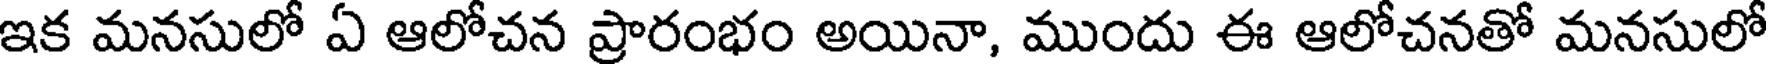
ఇక మనసులో ఏ ఆలోచన ప్రారంభం అయినా, ముందు ఈ ఆలోచనతో మనసులో